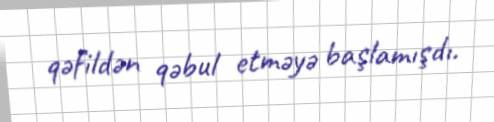
qəfildən qəbul etməyə başlamışdı.